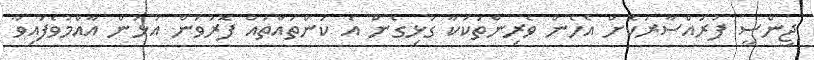
ޖިންސީ ފުރައްސާރަކޮށް އެހެން ވެރިންތަކަކާ ގުޅިގެން އެ ކަންތައްތައް ފޮރުވަން އުޅުން އާއްމުވެފައިވާ